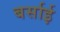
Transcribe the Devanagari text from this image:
बर्साई